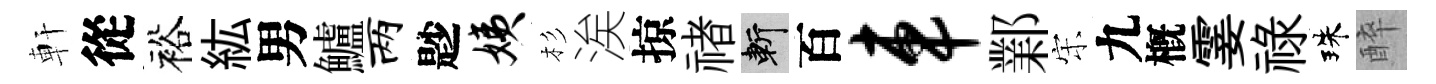
軒從裕紘男鱸两尟姨杉涘掠禇斬百车鄴宋九槪霎祿珠醉